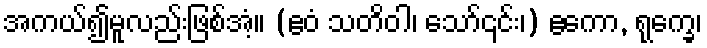
အကယ်၍မူလည်းဖြစ်အံ့။ (ဧဝံ သတိဝါ၊ သော်၎င်း၊) ဧကော, ရုက္ခေ၊